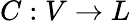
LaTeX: C:V\rightarrow L